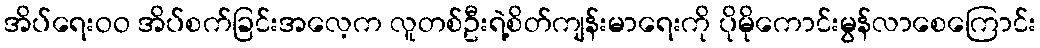
အိပ်ရေးဝဝ အိပ်စက်ခြင်းအလေ့က လူတစ်ဦးရဲ့စိတ်ကျန်းမာရေးကို ပိုမိုကောင်းမွန်လာစေကြောင်း